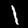
Label: 1